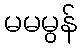
မမမွန်